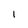
Character: I